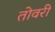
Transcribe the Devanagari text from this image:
तोवरी